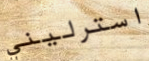
استرليني